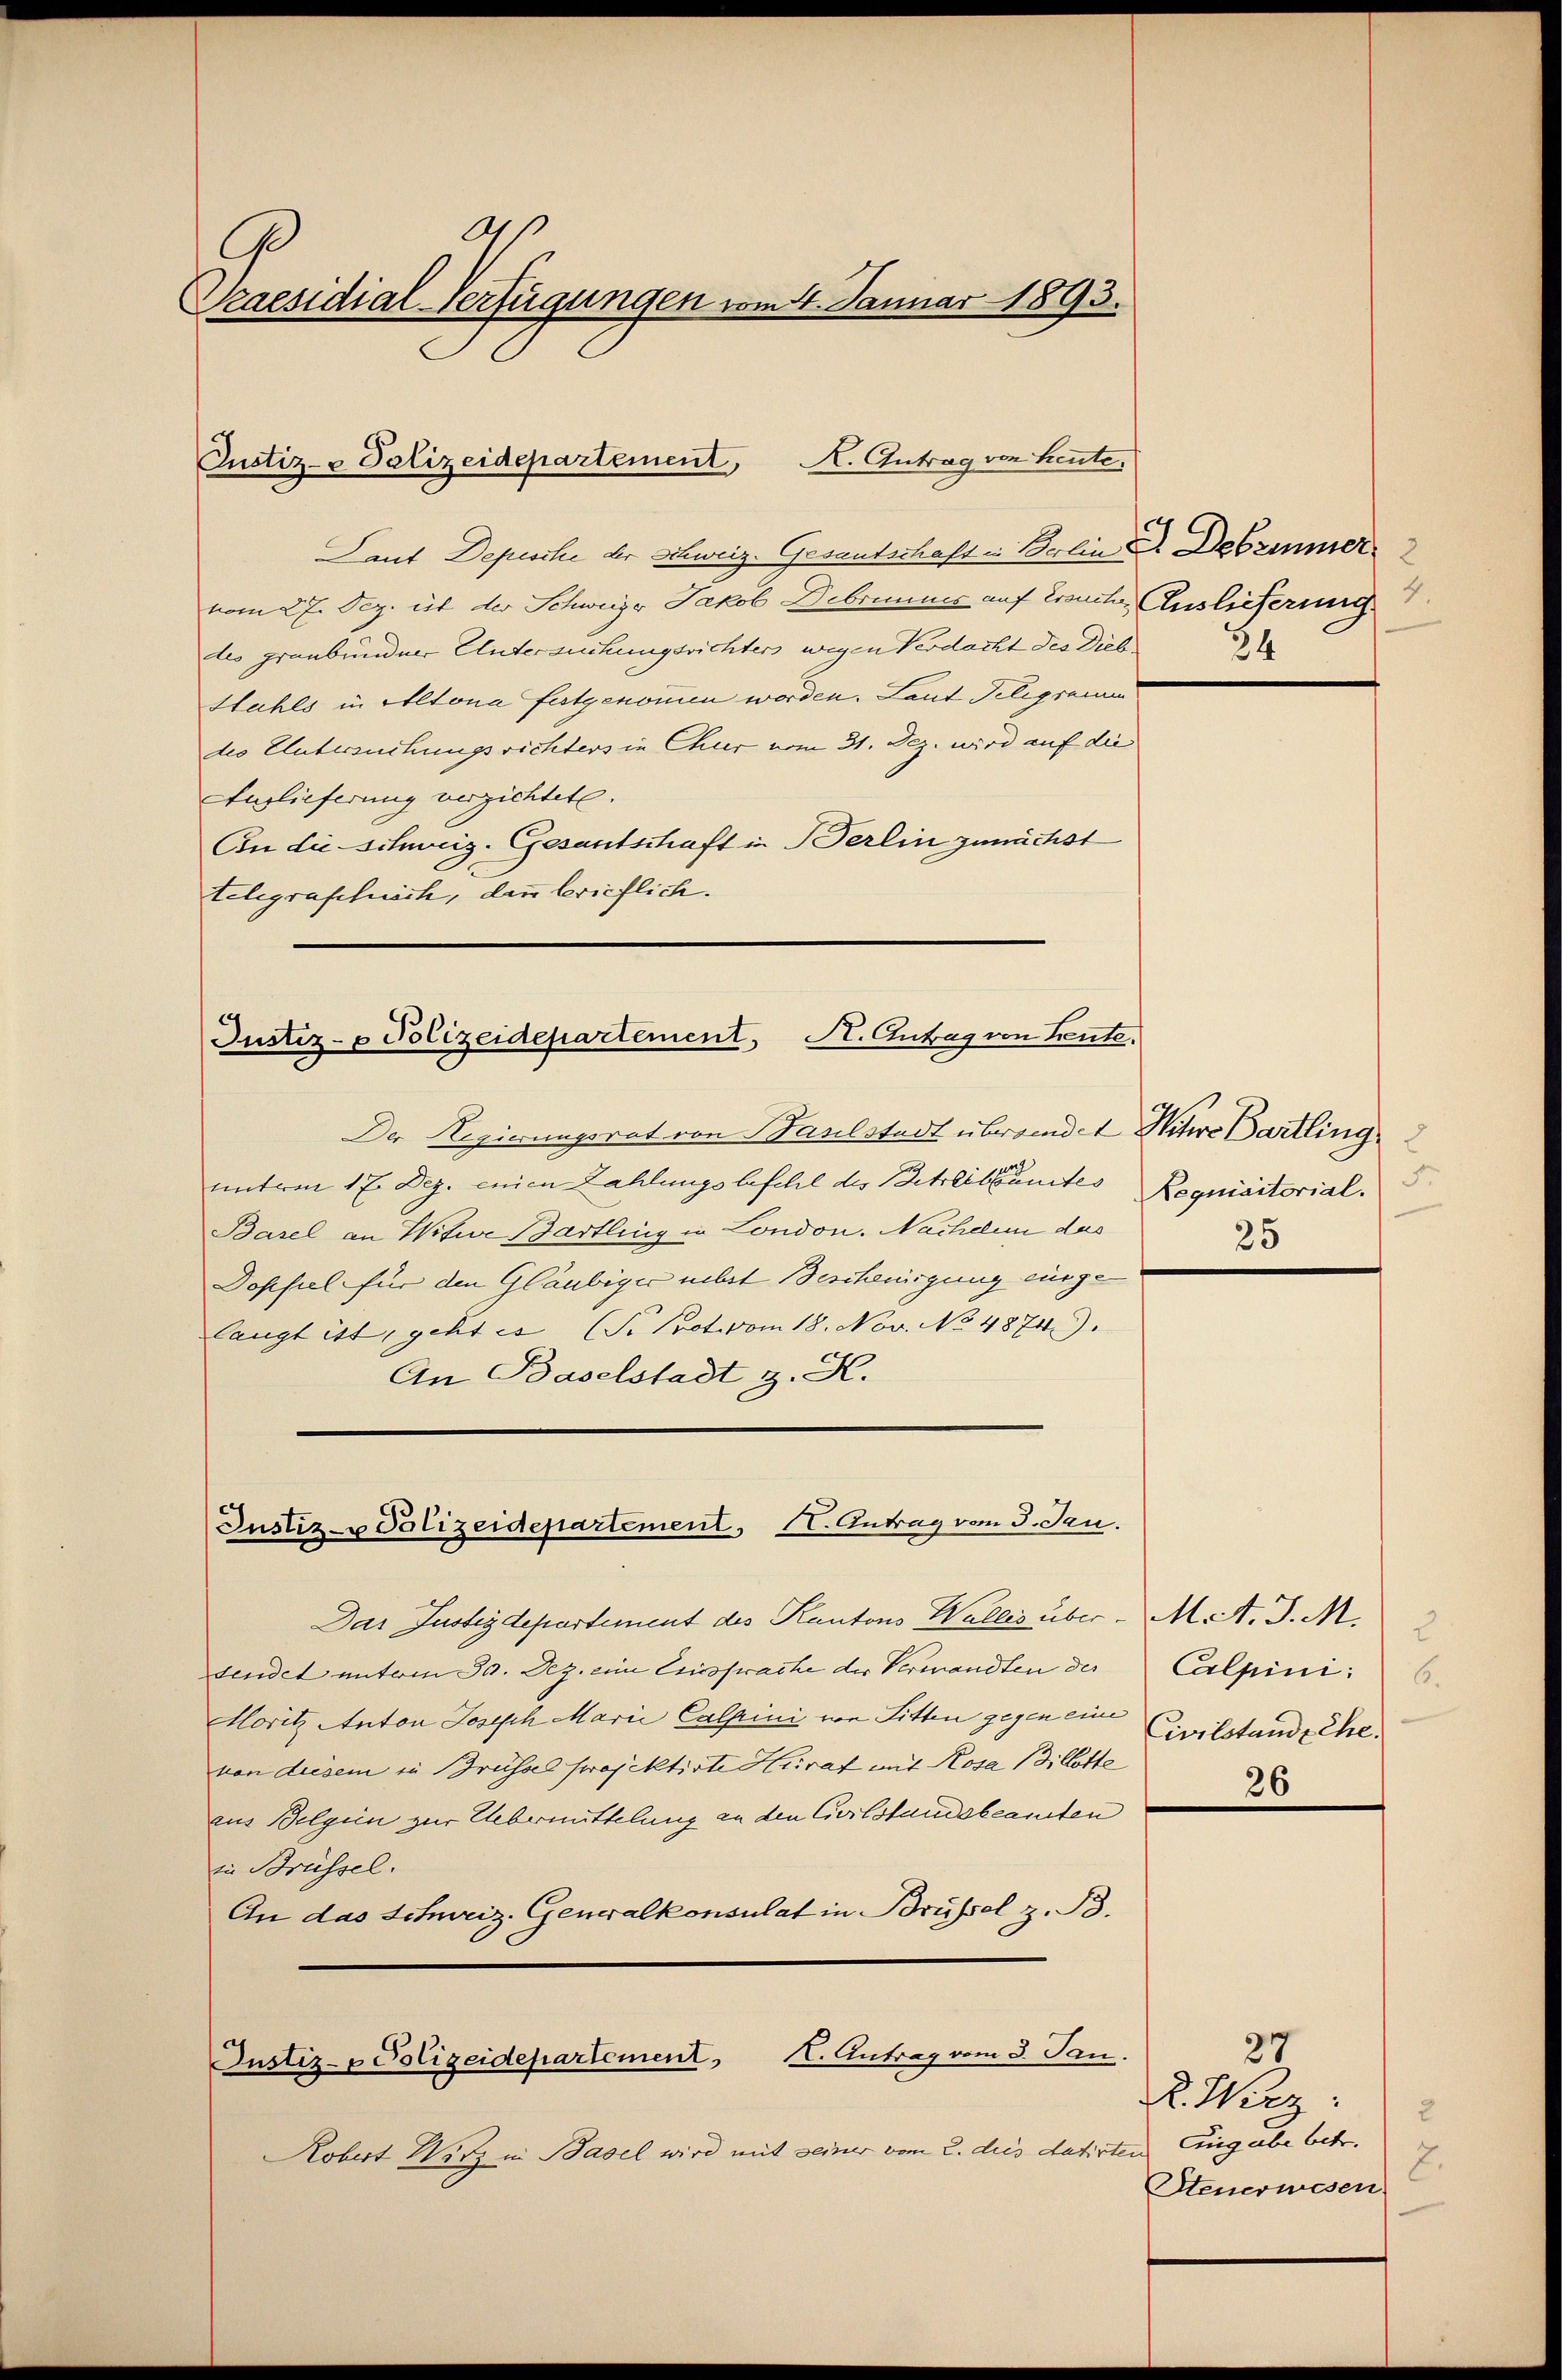
Bas
Praesidial-Verfügungen vom 4. Januar 1893.

Justiz- & Polizeidepartement, A. Antrag von heute,

Laut Depesche der Schweiz. Gesantschaft in Baline Debemnmer
vom 27. Dez. iit der Schweize Jakob Debrunner auf Ersucher Auslieferung
des granbunder Untersuchungsrichter wegen Verdacht der Dieb
Stahls in Altona festgenommen worden. Laut Telegramm
des Untersuchungsrichters in Chur vom 31. Dez. wird auf die
Auslieferung verzichtete.
An die schweiz. Gesantschaft in Berlin zunächst
telegraphisch, dann brieflich.

Justiz- & Polizeidepartement, St. Antrag von heute.

Justiz- u Polizeidepartement, St. Antrag vom 3. Jan.

Der Regierungsrat von Fanlstadt überrendet ihre Bartling
unterm 17. Dez. einen Zahlungsbefehl des Betreitsantes
Basel an Witwe Bartling in London. Nachelen das
Dopfel für den Gläubiger nebst Bescheningung eingelangt ist, geht es (S. Prot. vom 18. Nov. No 4874).
An Baselstadt z. R.

Das Justizdepartement des Kantons Wallis über M. A. J. M.
sendet unterm 30. Dez. eine Einsprache der Verwandten der
Moritz Anton Joseph Marie Calpini von Sitten gegen eine Civilstandsche.
von diesem in Brüssel projektirte Hiraf mit Rosa 13, Gotte
aus Belgien zur Uebermittelung an den Civilstandsbeamten
in Brüssel.
An das Schweiz. Generalkonsulat in Brüssel z. B.
Justiz- & Polizeidepartement K. Antrag vom 3. Jan.
Kobert Witz in Basel wird mit seiner vom 2. dies datirten Eingabe betr.

34

d
Regniactorial.
25

2
Calpini: 6.

26
—

34
R. Wirz:
2.
Steuerwesen